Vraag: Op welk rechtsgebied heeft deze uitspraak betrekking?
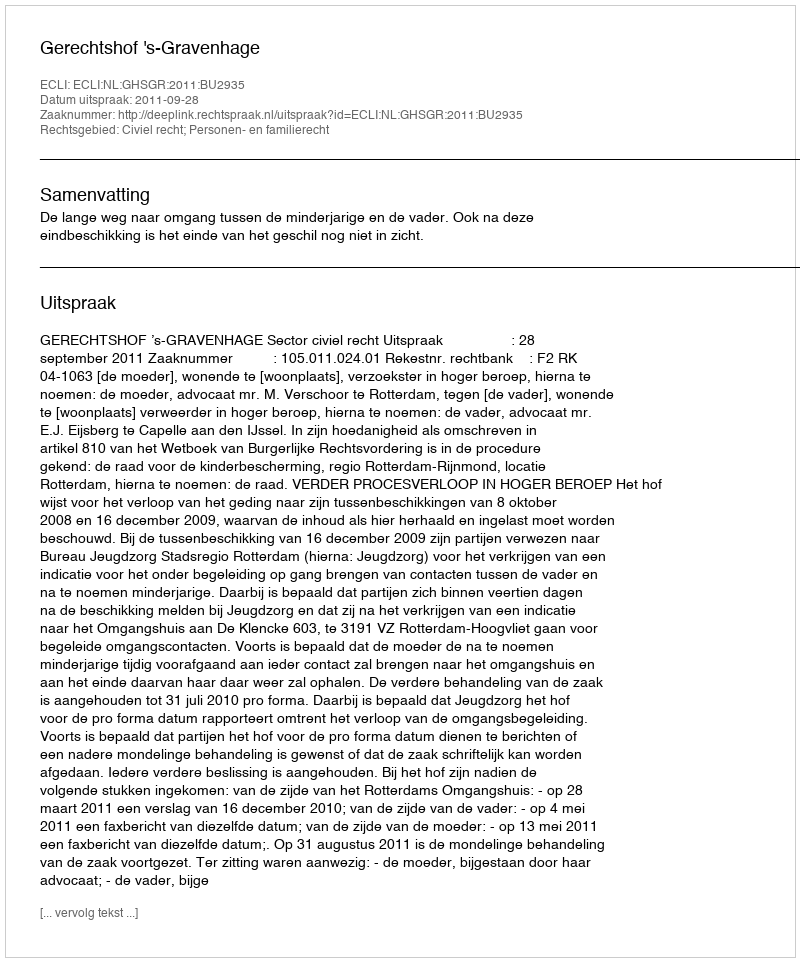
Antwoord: Civiel recht; Personen- en familierecht